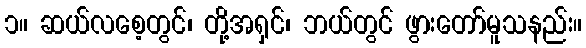
၁။ ဆယ်လစေ့တွင်၊ တို့အရှင်၊ ဘယ်တွင် ဖွားတော်မူသနည်း။